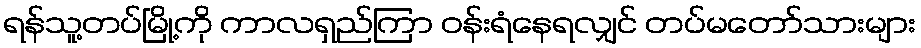
ရန်သူ့တပ်မြို့ကို ကာလရှည်ကြာ ဝန်းရံနေရလျှင် တပ်မတော်သားများ